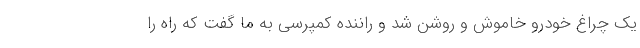
یک چراغ خودرو خاموش و روشن شد و راننده کمپرسی به ما گفت که راه را